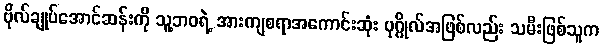
ဗိုလ်ချုပ်အောင်ဆန်းကို သူ့ဘဝရဲ့ အားကျစရာအကောင်းဆုံး ပုဂ္ဂိုလ်အဖြစ်လည်း သမီးဖြစ်သူက